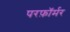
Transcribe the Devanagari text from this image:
परफ़ॉर्मर